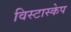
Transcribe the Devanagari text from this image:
विस्टास्केप